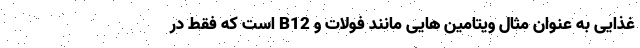
غذایی به عنوان مثال ویتامین هایی مانند فولات و B12 است که فقط در